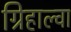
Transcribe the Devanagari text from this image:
ग्रिहाल्वा